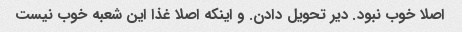
اصلا خوب نبود. دیر تحویل دادن. و اینکه اصلا غذا این شعبه خوب نیست